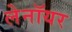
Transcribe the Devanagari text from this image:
लेनॉयर